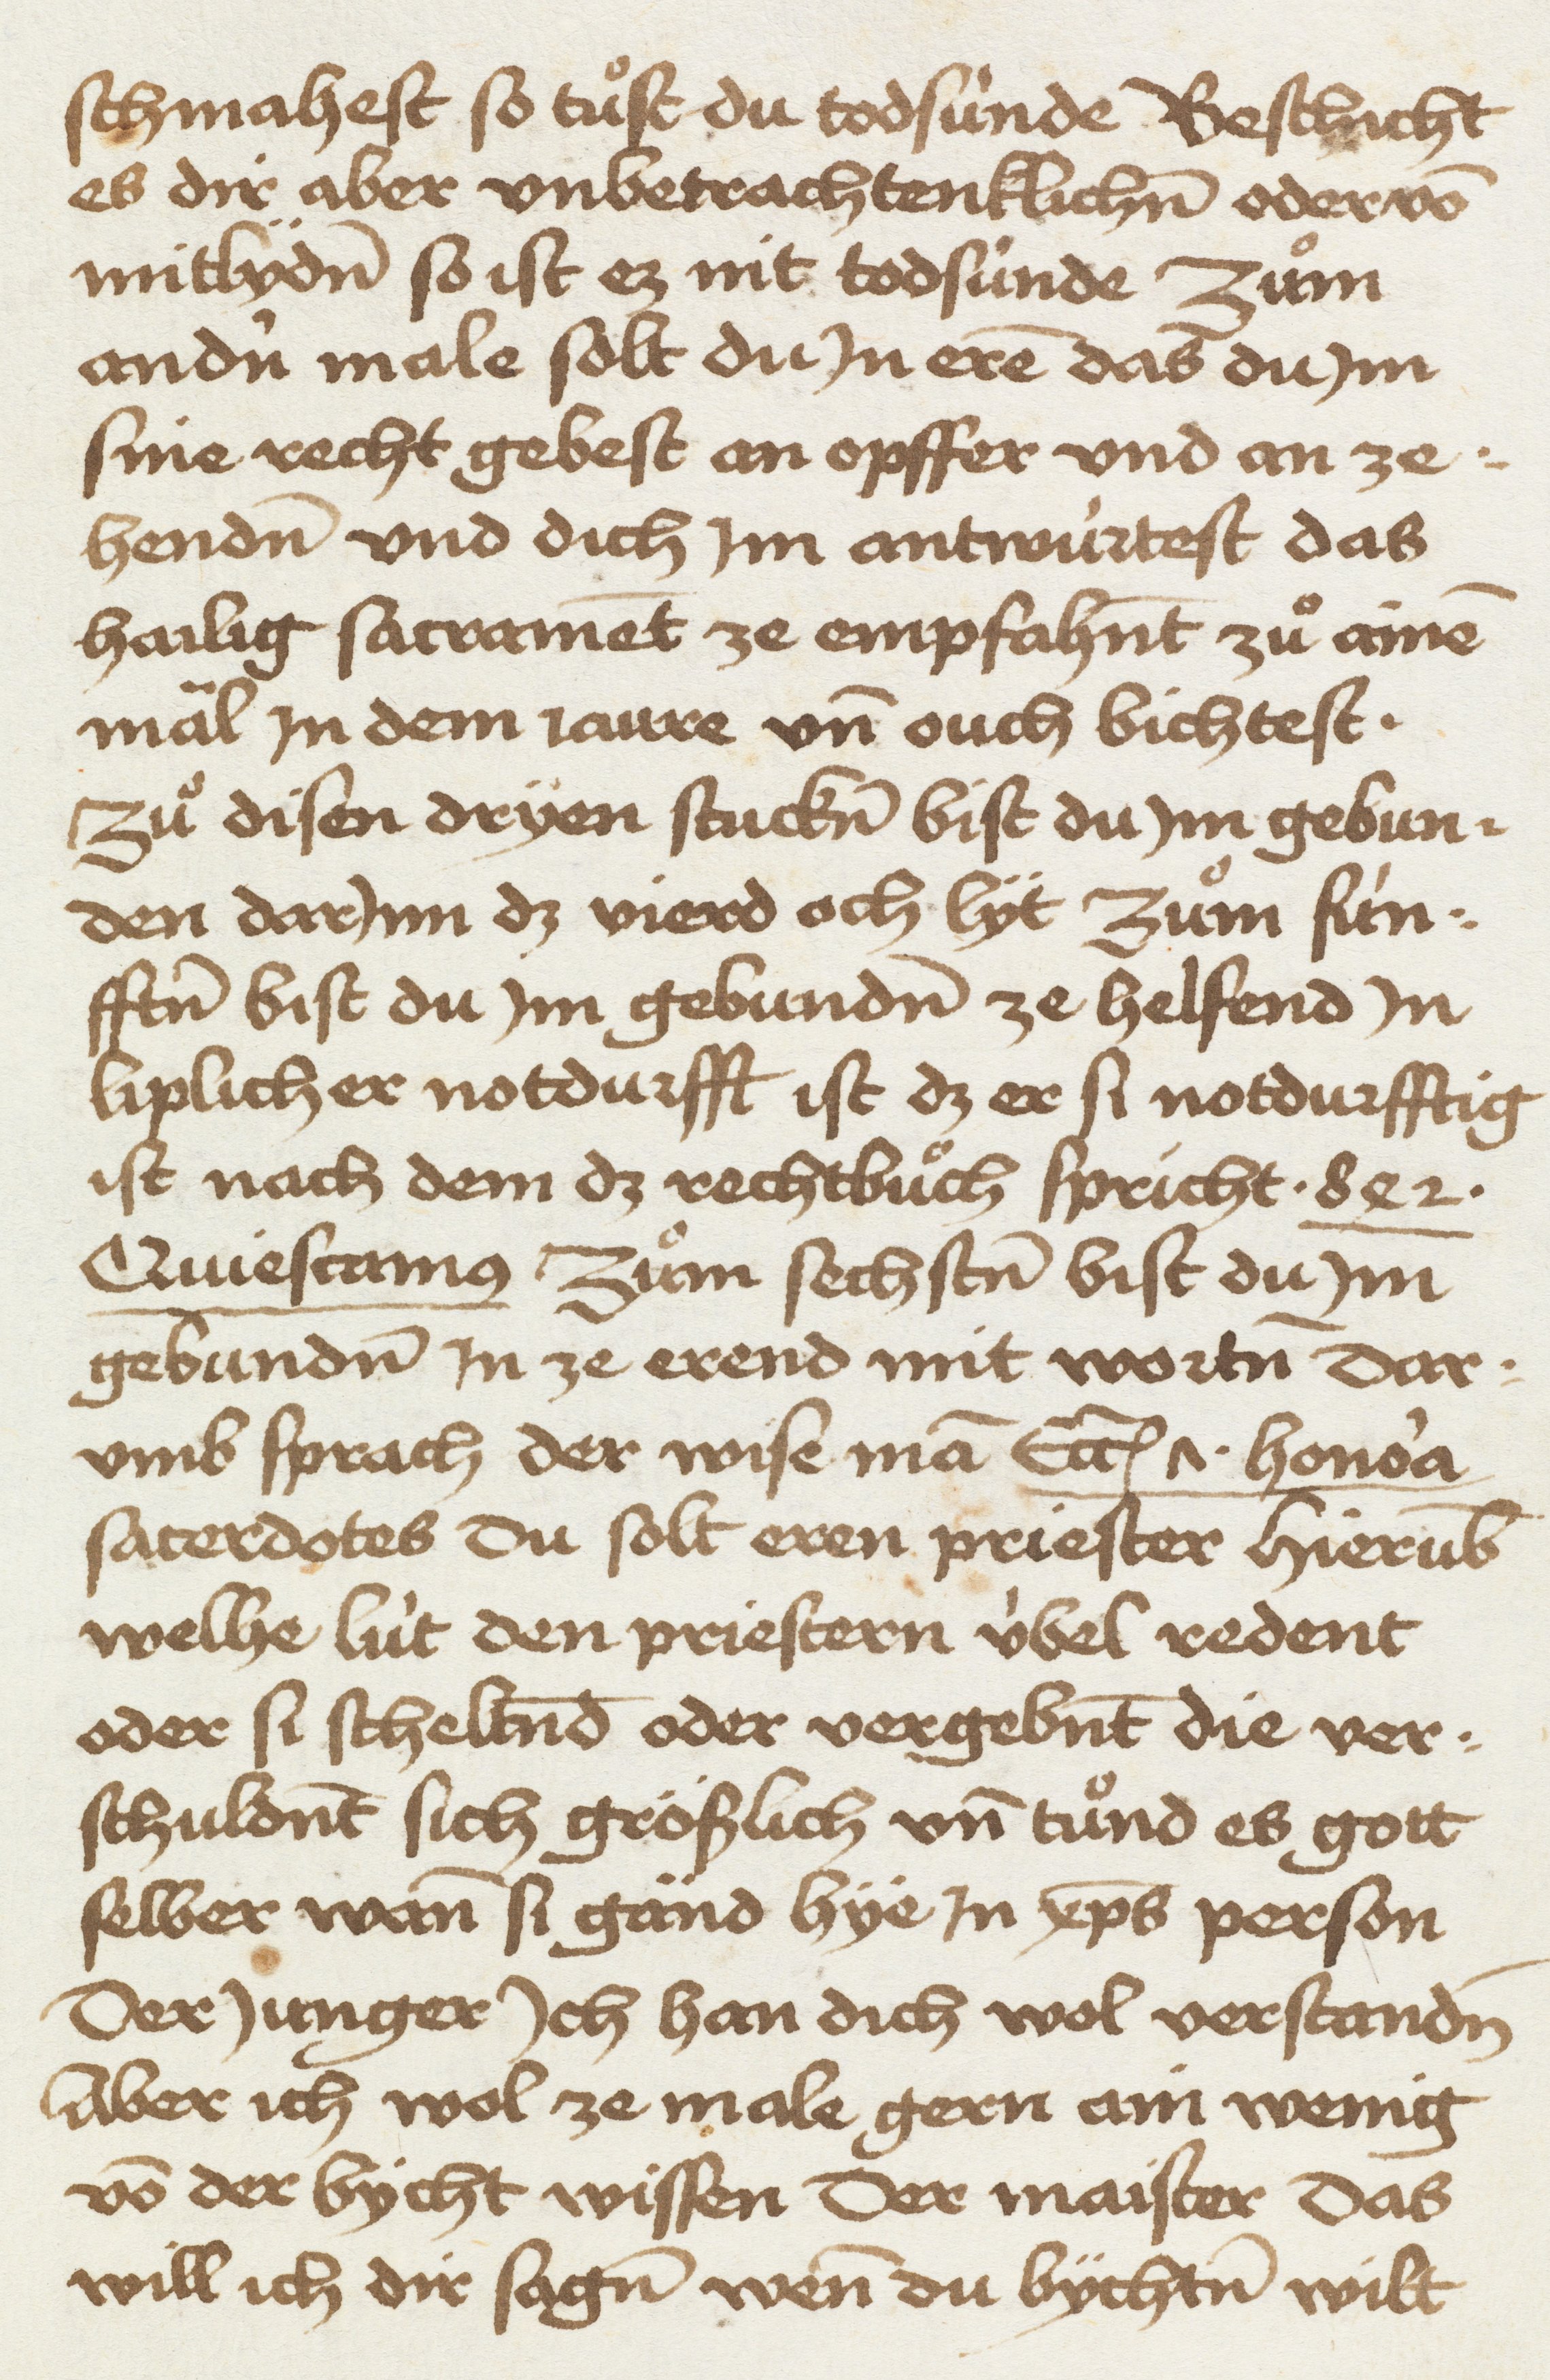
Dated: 1465–1467